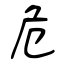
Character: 危